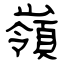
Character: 嶺